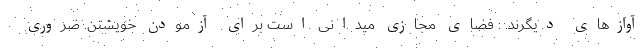
آوازهای دیگرند. : فضای مجازی میدانی است برای آزمودن خویشتن. ضروری